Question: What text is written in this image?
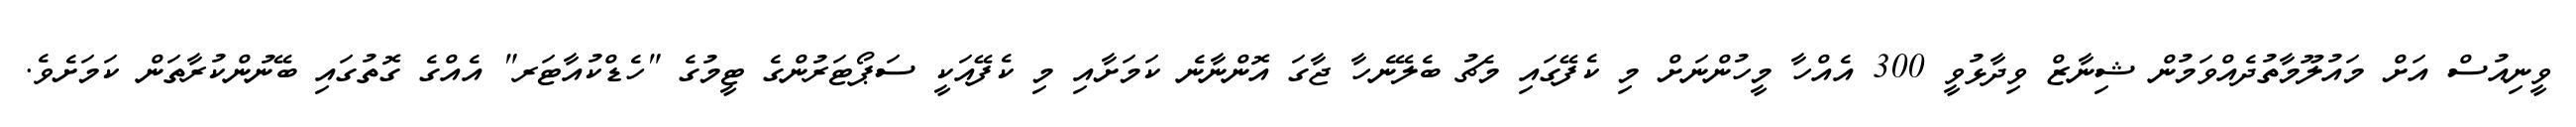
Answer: ވީނިއުސް އަށް މައުލޫމާތުދެއްވަމުން ޝިނާޒް ވިދާޅުވީ 300 އެއްހާ މީހުންނަށް މި ކެފޭގައި މެޗު ބެލޭނެހާ ޖާގަ އޮންނާނެ ކަމަށާއި މި ކެފޭއަކީ ސަޕޯޓަރުންގެ ޓީމުގެ "ހެޑްކުއާޓަރ" އެއްގެ ގޮތުގައި ބޭނުންކުރާތަން ކަމަށެވެ.